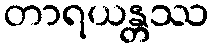
တာရယန္တဿ